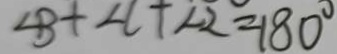
\angle B + \angle C + \angle 2 = 1 8 0 ^ { \circ }